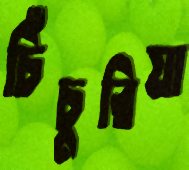
চিঁচুরিয়া